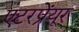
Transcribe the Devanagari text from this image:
एंटरप्रेंयूर